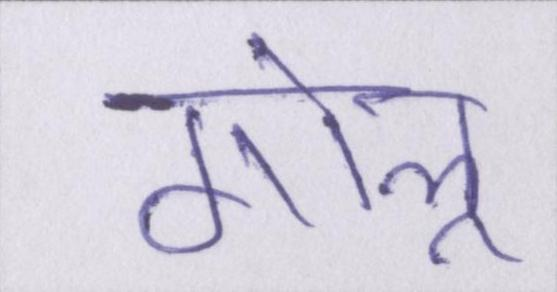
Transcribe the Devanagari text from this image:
गोलू